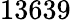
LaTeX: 13639